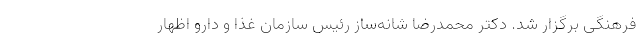
فرهنگى برگزار شد. دکتر محمدرضا شانه‌ساز رئیس سازمان غذا و دارو اظهار